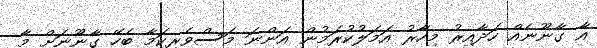
އާ ގާނޫނެއް ހަދާއިރު މިހާރު އަމަލުކުރަމުން އަންނަ މަސްވެރިކަމާ ބެހޭ ގާނޫނަށް މާ